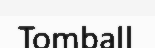
Tomball